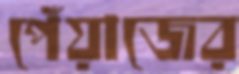
পেঁয়াজের